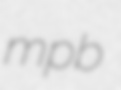
mpb